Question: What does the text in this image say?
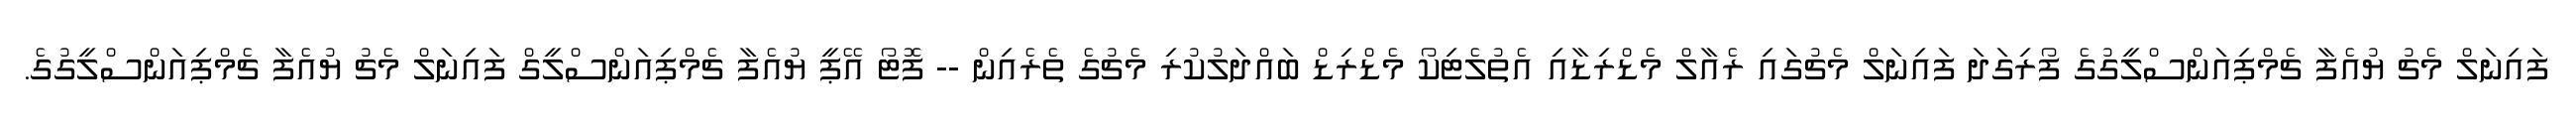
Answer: ފައިނަލް މެޗު ޔުއެފާ ޗެމްޕިއަންސްލީގުގެ ފޯރިގަދަ ފައިނަލް މެޗުގައި ރެއާލް މެޑްރިޑާއި އެތުލެޓިކޯ މެޑްރިޑް ބައްދަލުކުރި މެޗުގެ ތެރެއިން -- ފޮޓޯ އޭޕީ ޔުއެފާ ޗެމްޕިއަންސްލީގް ފައިނަލް މެޗު ޔުއެފާ ޗެމްޕިއަންސްލީގުގެ.